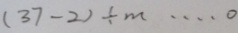
( 3 7 - 2 ) \div m \cdots 0